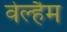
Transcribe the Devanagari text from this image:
वेल्हैम